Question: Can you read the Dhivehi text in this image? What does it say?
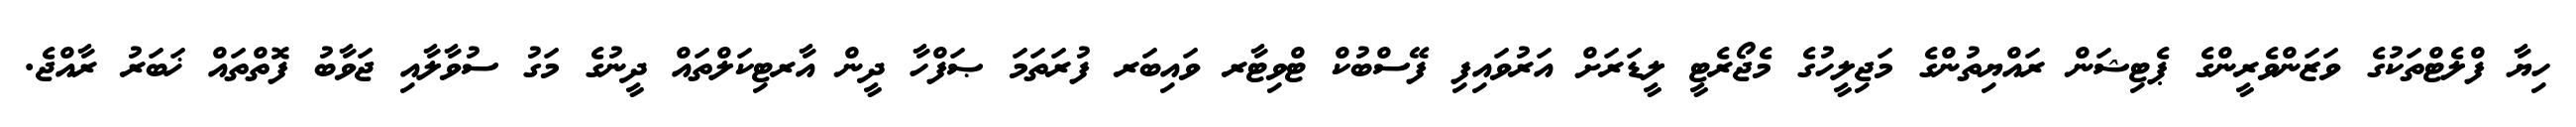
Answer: ހިޔާ ފްލެޓްތަކުގެ ވަޒަންވެރީންގެ ޕެޓިޝަން ރައްޔިތުންގެ މަޖިލީހުގެ މެޖޯރެޓީ ލީޑަރަށް އަރުވައިފި ފޭސްބުކް ޓްވިޓާރ ވައިބަރ ފުރަތަމަ ޞަފްހާ ދީން އާރޓިކަލްތައް ދީނުގެ މަގު ސުވާލާއި ޖަވާބު ފޮތްތައް ޚަބަރު ރާއްޖެ.